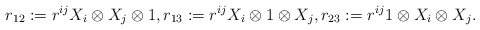
\begin{align*}r_{12}:=r^{ij}X_{i}\otimes X_{j}\otimes 1,r_{13}:=r^{ij}X_{i}\otimes 1\otimes X_{j},r_{23}:=r^{ij}1\otimes X_{i}\otimes X_{j}.\end{align*}